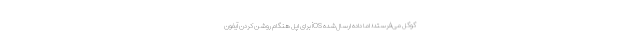
گوگل می‌فرستد؛ اما داده‌ ارسال‌شده iOS برای اپل ‌هنگام روشن کردن آیفون